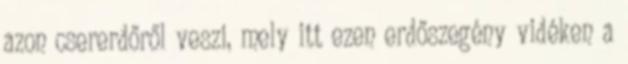
azon csererdőről veszi, mely itt ezen erdőszegény vidéken a